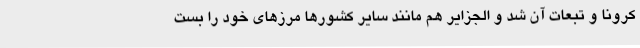
کرونا و تبعات آن شد و الجزایر هم مانند سایر کشورها مرزهای خود را بست